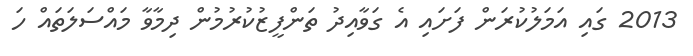
2013 ގައި އަމަލުކުރަން ފަށައި އެ ގަވާއިދު ތަންފީޒުކުރުމުން ދިމާވާ މައްސަލަތައް ހަ